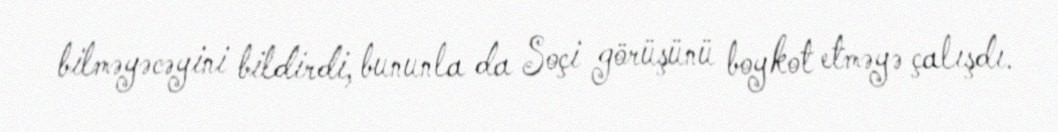
bilməyəcəyini bildirdi, bununla da Soçi görüşünü boykot etməyə çalışdı.